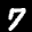
Label: 7